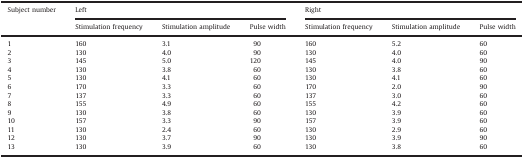
<table><thead><tr><td rowspan="2"><b>Subject number</b></td><td colspan="3"><b>Left</b></td><td colspan="3"><b>Right</b></td></tr><tr><td><b>Stimulation frequency</b></td><td><b>Stimulation amplitude</b></td><td><b>Pulse width</b></td><td><b>Stimulation frequency</b></td><td><b>Stimulation amplitude</b></td><td><b>Pulse width</b></td></tr></thead><tbody><tr><td>1</td><td>160</td><td>3.1</td><td>90</td><td>160</td><td>5.2</td><td>60</td></tr><tr><td>2</td><td>130</td><td>4.0</td><td>90</td><td>130</td><td>4.0</td><td>60</td></tr><tr><td>3</td><td>145</td><td>5.0</td><td>120</td><td>145</td><td>4.0</td><td>90</td></tr><tr><td>4</td><td>130</td><td>3.8</td><td>60</td><td>130</td><td>3.8</td><td>60</td></tr><tr><td>5</td><td>130</td><td>4.1</td><td>60</td><td>130</td><td>4.1</td><td>60</td></tr><tr><td>6</td><td>170</td><td>3.3</td><td>60</td><td>170</td><td>2.0</td><td>90</td></tr><tr><td>7</td><td>137</td><td>3.3</td><td>60</td><td>137</td><td>3.0</td><td>60</td></tr><tr><td>8</td><td>155</td><td>4.9</td><td>60</td><td>155</td><td>4.2</td><td>60</td></tr><tr><td>9</td><td>130</td><td>3.8</td><td>60</td><td>130</td><td>3.9</td><td>60</td></tr><tr><td>10</td><td>157</td><td>3.3</td><td>90</td><td>157</td><td>3.9</td><td>60</td></tr><tr><td>11</td><td>130</td><td>2.4</td><td>60</td><td>130</td><td>2.9</td><td>60</td></tr><tr><td>12</td><td>130</td><td>3.7</td><td>90</td><td>130</td><td>3.9</td><td>90</td></tr><tr><td>13</td><td>130</td><td>3.9</td><td>60</td><td>130</td><td>3.8</td><td>60</td></tr></tbody></table>